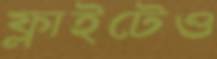
ফ্লাইটেও